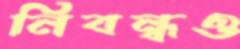
নিবন্ধও